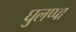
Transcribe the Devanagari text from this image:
घुलप्पा